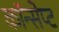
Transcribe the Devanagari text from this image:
कॉन्‍सेप्‍ट